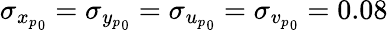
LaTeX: \sigma_{{x_{p}}_{0}}=\sigma_{{y_{p}}_{0}}=\sigma_{{u_{p}}_{0}}=\sigma_{{v_{p}}_{0}}=0.08